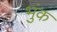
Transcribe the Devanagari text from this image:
भुंक